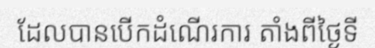
ដែលបានបើកដំណើរការ តាំងពីថ្ងៃទី